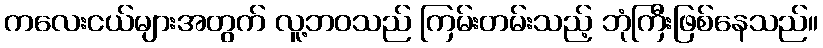
ကလေးငယ်များအတွက် လူ့ဘဝသည် ကြမ်းတမ်းသည့် ဘုံကြီးဖြစ်နေသည်။